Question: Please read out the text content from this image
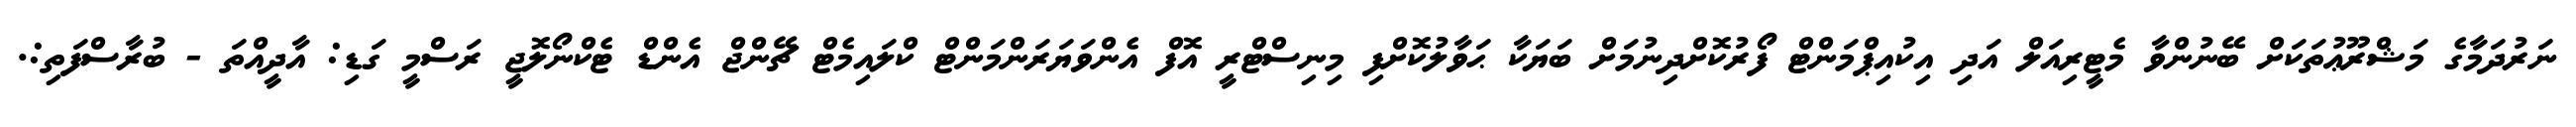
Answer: ނަރުދަމާގެ މަޝްރޫޢުތަކަށް ބޭނުންވާ މެޓީރިއަލް އަދި އިކުއިޕްމަންޓް ފޯރުކޮށްދިނުމަށް ބަޔަކާ ޙަވާލުކޮށްފި މިނިސްޓްރީ އޮފް އެންވަޔަރަންމަންޓް ކްލައިމެޓް ޗޭންޖް އެންޑް ޓެކްނޯލޮޖީ ރަސްމީ ގަޑި: އާދީއްތަ - ބުރާސްފަތި:.